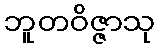
ဘူတဝိဇ္ဇာသု